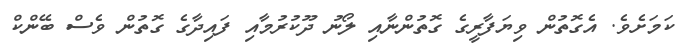
ކަމަށެވެ. އެގޮތުން ވިޔަފާރީގެ ގޮތުންނާއި ލޯނު ދޫކުރުމާއި ފައިދާގެ ގޮތުން ވެސް ބޭންކް